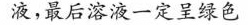
液，最后溶液一定呈绿色